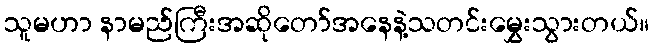
သူမဟာ နာမည်ကြီးအဆိုတော်အနေနဲ့သတင်းမွှေးသွားတယ်။